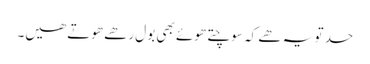
حد تو یہ ھے کہ سوچتے ھوئے بھی بول رھے ھوتے ھیں۔